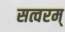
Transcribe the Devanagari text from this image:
सत्वरम्